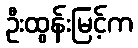
ဦးထွန်းမြင့်က